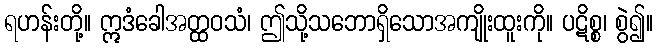
ရဟန်းတို့။ ဣဒံခေါအတ္ထဝသံ၊ ဤသို့သဘောရှိသောအကျိုးထူးကို။ ပဋိစ္စ၊ စွဲ၍။